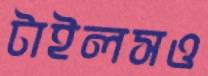
টাইলসও